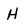
Character: H